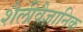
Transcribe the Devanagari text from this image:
शैलीवैज्ञानिक